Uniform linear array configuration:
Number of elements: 12
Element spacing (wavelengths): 0.75
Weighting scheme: cosine
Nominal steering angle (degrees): -60
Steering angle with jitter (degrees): -58.956
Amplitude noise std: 0.05
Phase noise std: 0.05

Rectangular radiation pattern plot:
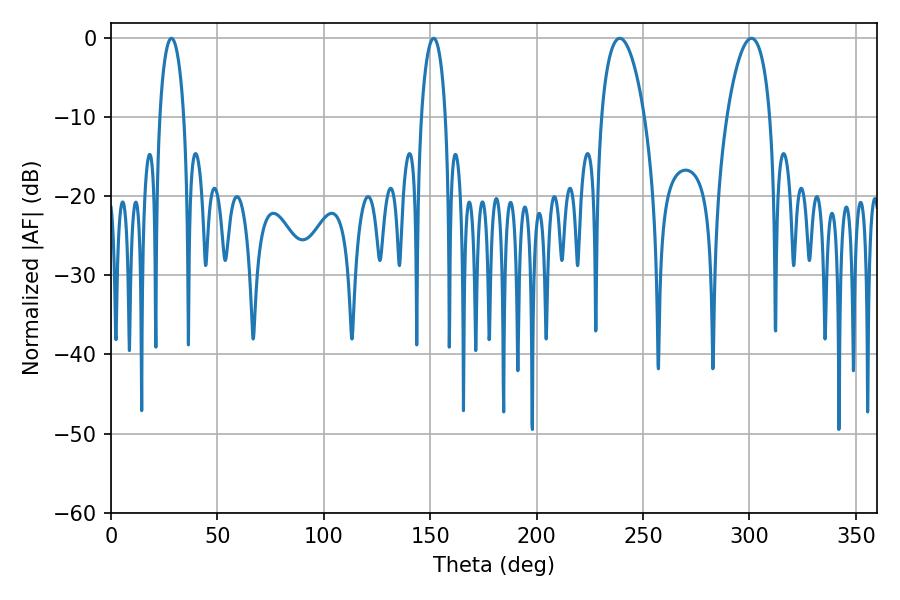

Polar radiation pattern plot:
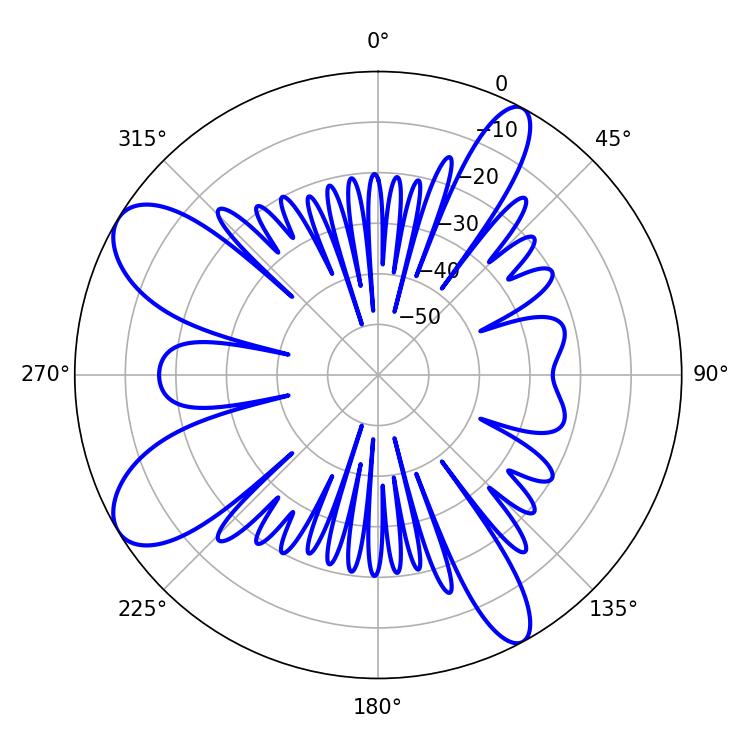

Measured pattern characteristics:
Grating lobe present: TRUE
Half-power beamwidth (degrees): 11.52
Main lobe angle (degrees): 239.04